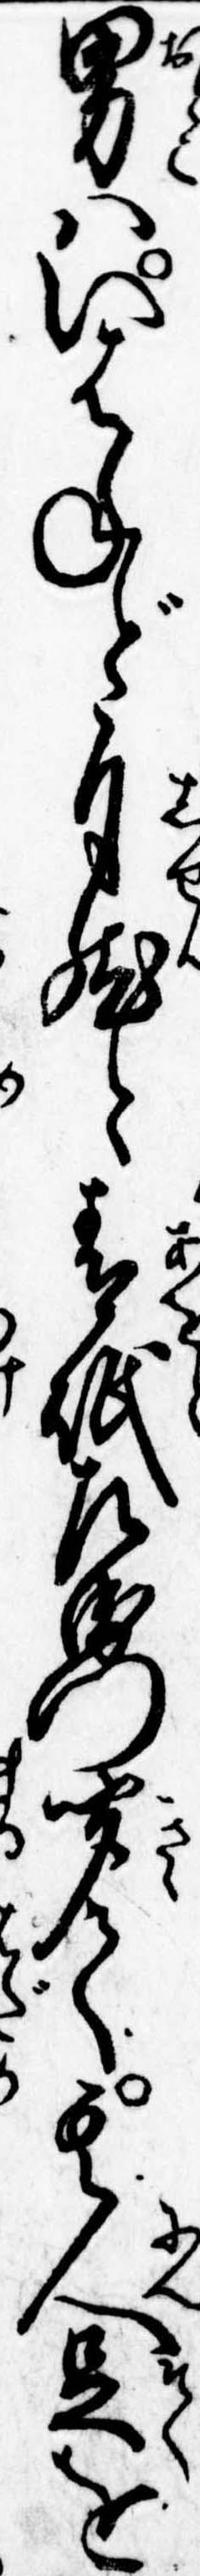
男はいはねど自然と青砥左衛門聞て其人足を